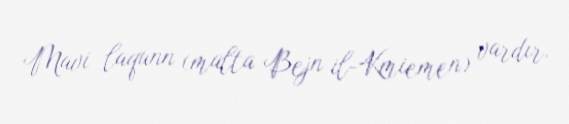
Mavi laqunn (malta Bejn il-Kmiemen) vardır.